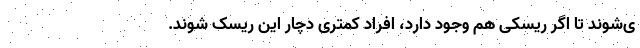
ی‌شوند تا اگر ریسکی هم وجود دارد، افراد کمتری دچار این ریسک شوند.